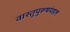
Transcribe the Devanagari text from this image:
वास्तुपुरूषमंडल